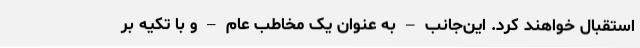
استقبال خواهند کرد. این‌جانب – به عنوان یک مخاطب عام – و با تکیه بر